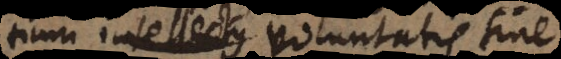
tium intellectus voluntatis sine